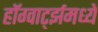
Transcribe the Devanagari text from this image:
हॉग्वार्ट्झमध्ये